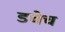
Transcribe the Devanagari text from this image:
डचेच